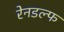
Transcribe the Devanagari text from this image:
रेनडल्फ